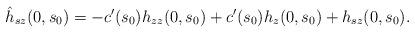
LaTeX: \begin{align*}\hat{h}_{sz}(0, s_0)=-c'(s_0)h_{zz}(0, s_0)+c'(s_0)h_z(0, s_0)+h_{sz}(0, s_0).\end{align*}